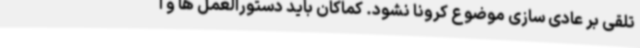
تلقی بر عادی سازی موضوع کرونا نشود. کماکان باید دستورالعمل ها و ا